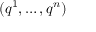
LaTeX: ( q ^ { 1 } , \ldots , q ^ { n } )